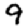
Digit: 9